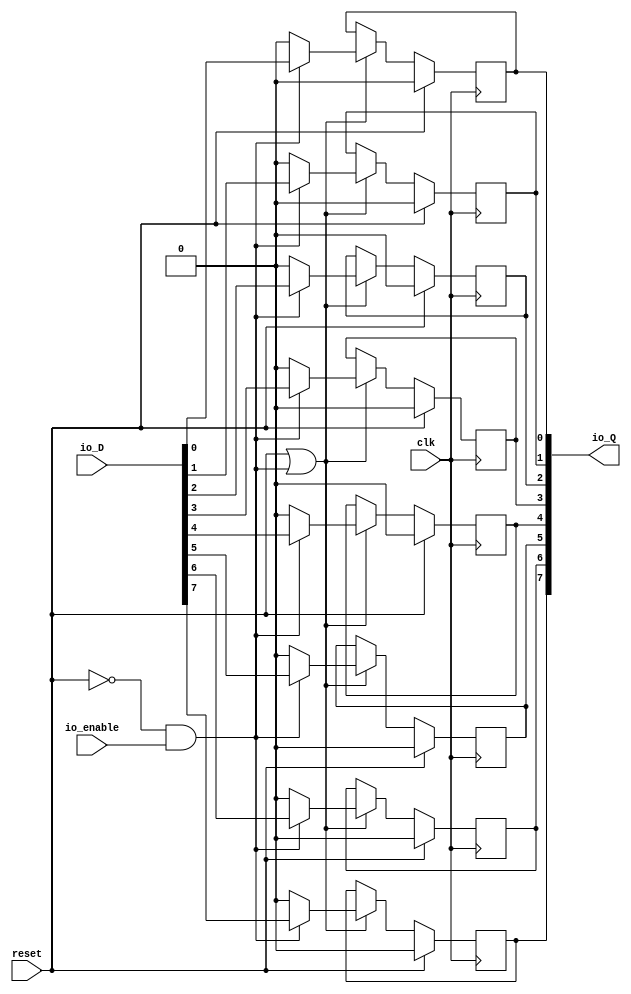
module NRegisterE(input clk, input reset,
    input [7:0] io_D,
    output[7:0] io_Q,
    input  io_enable
);

  wire[7:0] T0;
  wire[7:0] T1;
  wire[7:0] T2;
  wire vbool_0;
  wire T3;
  reg[0:0] vectreg_0;
  wire T4;
  wire T5;
  wire T6;
  wire T7;
  wire T8;
  wire[6:0] T9;
  wire vbool_1;
  wire T10;
  reg[0:0] vectreg_1;
  wire T11;
  wire T12;
  wire T13;
  wire T14;
  wire T15;
  wire[5:0] T16;
  wire vbool_2;
  wire T17;
  reg[0:0] vectreg_2;
  wire T18;
  wire T19;
  wire T20;
  wire T21;
  wire T22;
  wire[4:0] T23;
  wire vbool_3;
  wire T24;
  reg[0:0] vectreg_3;
  wire T25;
  wire T26;
  wire T27;
  wire T28;
  wire T29;
  wire[3:0] T30;
  wire vbool_4;
  wire T31;
  reg[0:0] vectreg_4;
  wire T32;
  wire T33;
  wire T34;
  wire T35;
  wire T36;
  wire[2:0] T37;
  wire vbool_5;
  wire T38;
  reg[0:0] vectreg_5;
  wire T39;
  wire T40;
  wire T41;
  wire T42;
  wire T43;
  wire[1:0] T44;
  wire vbool_6;
  wire T45;
  reg[0:0] vectreg_6;
  wire T46;
  wire T47;
  wire T48;
  wire T49;
  wire T50;
  wire vbool_7;
  wire T51;
  reg[0:0] vectreg_7;
  wire T52;
  wire T53;
  wire T54;
  wire T55;
  wire T56;

`ifndef SYNTHESIS
  integer initvar;
  initial begin
    #0.002;
    vectreg_0 = {1{$random}};
    vectreg_1 = {1{$random}};
    vectreg_2 = {1{$random}};
    vectreg_3 = {1{$random}};
    vectreg_4 = {1{$random}};
    vectreg_5 = {1{$random}};
    vectreg_6 = {1{$random}};
    vectreg_7 = {1{$random}};
  end
`endif

  assign io_Q = T0;
  assign T0 = T1;
  assign T1 = T2;
  assign T2 = {T9, vbool_0};
  assign vbool_0 = T3;
  assign T3 = vectreg_0;
  assign T4 = reset | T5;
  assign T5 = T6 & io_enable;
  assign T6 = reset == 1'h0;
  assign T7 = T5 ? T8 : 1'h0;
  assign T8 = io_D[1'h0:1'h0];
  assign T9 = {T16, vbool_1};
  assign vbool_1 = T10;
  assign T10 = vectreg_1;
  assign T11 = reset | T12;
  assign T12 = T13 & io_enable;
  assign T13 = reset == 1'h0;
  assign T14 = T12 ? T15 : 1'h0;
  assign T15 = io_D[1'h1:1'h1];
  assign T16 = {T23, vbool_2};
  assign vbool_2 = T17;
  assign T17 = vectreg_2;
  assign T18 = reset | T19;
  assign T19 = T20 & io_enable;
  assign T20 = reset == 1'h0;
  assign T21 = T19 ? T22 : 1'h0;
  assign T22 = io_D[2'h2:2'h2];
  assign T23 = {T30, vbool_3};
  assign vbool_3 = T24;
  assign T24 = vectreg_3;
  assign T25 = reset | T26;
  assign T26 = T27 & io_enable;
  assign T27 = reset == 1'h0;
  assign T28 = T26 ? T29 : 1'h0;
  assign T29 = io_D[2'h3:2'h3];
  assign T30 = {T37, vbool_4};
  assign vbool_4 = T31;
  assign T31 = vectreg_4;
  assign T32 = reset | T33;
  assign T33 = T34 & io_enable;
  assign T34 = reset == 1'h0;
  assign T35 = T33 ? T36 : 1'h0;
  assign T36 = io_D[3'h4:3'h4];
  assign T37 = {T44, vbool_5};
  assign vbool_5 = T38;
  assign T38 = vectreg_5;
  assign T39 = reset | T40;
  assign T40 = T41 & io_enable;
  assign T41 = reset == 1'h0;
  assign T42 = T40 ? T43 : 1'h0;
  assign T43 = io_D[3'h5:3'h5];
  assign T44 = {vbool_7, vbool_6};
  assign vbool_6 = T45;
  assign T45 = vectreg_6;
  assign T46 = reset | T47;
  assign T47 = T48 & io_enable;
  assign T48 = reset == 1'h0;
  assign T49 = T47 ? T50 : 1'h0;
  assign T50 = io_D[3'h6:3'h6];
  assign vbool_7 = T51;
  assign T51 = vectreg_7;
  assign T52 = reset | T53;
  assign T53 = T54 & io_enable;
  assign T54 = reset == 1'h0;
  assign T55 = T53 ? T56 : 1'h0;
  assign T56 = io_D[3'h7:3'h7];

  always @(posedge clk) begin
    if(reset) begin
      vectreg_0 <= 1'h0;
    end else if(T4) begin
      vectreg_0 <= T7;
    end
    if(reset) begin
      vectreg_1 <= 1'h0;
    end else if(T11) begin
      vectreg_1 <= T14;
    end
    if(reset) begin
      vectreg_2 <= 1'h0;
    end else if(T18) begin
      vectreg_2 <= T21;
    end
    if(reset) begin
      vectreg_3 <= 1'h0;
    end else if(T25) begin
      vectreg_3 <= T28;
    end
    if(reset) begin
      vectreg_4 <= 1'h0;
    end else if(T32) begin
      vectreg_4 <= T35;
    end
    if(reset) begin
      vectreg_5 <= 1'h0;
    end else if(T39) begin
      vectreg_5 <= T42;
    end
    if(reset) begin
      vectreg_6 <= 1'h0;
    end else if(T46) begin
      vectreg_6 <= T49;
    end
    if(reset) begin
      vectreg_7 <= 1'h0;
    end else if(T52) begin
      vectreg_7 <= T55;
    end
  end
endmodule

module NRAM(input clk, input reset,
    input [7:0] io_Dbus,
    output[7:0] io_Qbus_0,
    output[7:0] io_Qbus_1,
    input [1:0] io_ENbus
);

  wire T0;
  wire T1;
  wire[7:0] NRegisterE_1_io_Q;
  wire[7:0] NRegisterE_0_io_Q;


  assign T0 = io_ENbus[1'h1:1'h1];
  assign T1 = io_ENbus[1'h0:1'h0];
  assign io_Qbus_1 = NRegisterE_1_io_Q;
  assign io_Qbus_0 = NRegisterE_0_io_Q;
  NRegisterE NRegisterE_0(.clk(clk), .reset(reset),
       .io_D( io_Dbus ),
       .io_Q( NRegisterE_0_io_Q ),
       .io_enable( T1 )
  );
  NRegisterE NRegisterE_1(.clk(clk), .reset(reset),
       .io_D( io_Dbus ),
       .io_Q( NRegisterE_1_io_Q ),
       .io_enable( T0 )
  );
endmodule